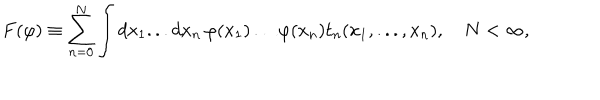
F ( \varphi ) \equiv \sum _ { n = 0 } ^ { N } \int d x _ { 1 } . . . d x _ { n } \, \varphi ( x _ { 1 } ) \ldots \varphi ( x _ { n } ) t _ { n } ( x _ { 1 } , . . . , x _ { n } ) , \quad N < \infty ,